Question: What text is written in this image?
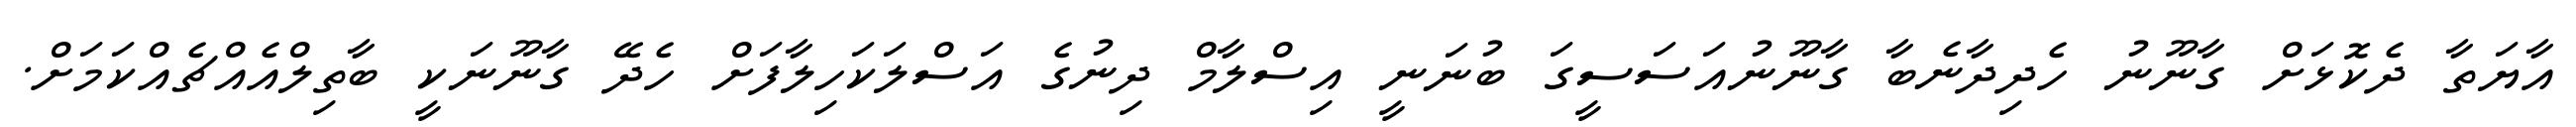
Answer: އާޔަތާ ދެކޮޅަށް ގާނޫނު ހެދިދާނެބާ ގާނޫނުއަސަސީގަ ބުނަނީ އިސްލާމް ދިނުގެ އަސްލަކަހިލާފަށް ހެދޭ ގާނޫނަކީ ބާތިލްއެއްޗެއްކަމަށް.